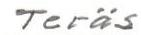
Teräs